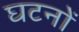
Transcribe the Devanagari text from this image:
घटनों